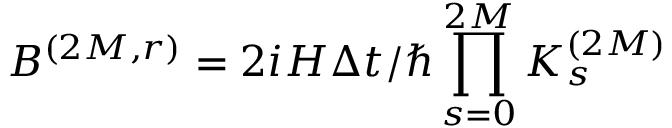
B ^ { ( 2 M , r ) } = 2 i H \Delta t / \hbar \prod _ { s = 0 } ^ { 2 M } K _ { s } ^ { ( 2 M ) }